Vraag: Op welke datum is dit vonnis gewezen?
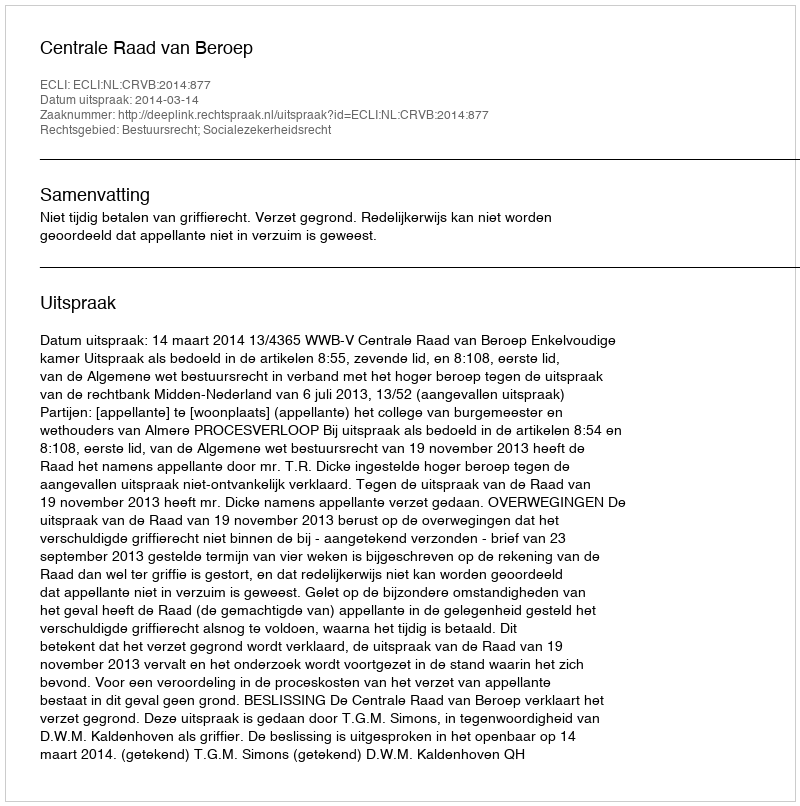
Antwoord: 2014-03-14